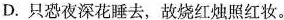
D.只恐夜深花睡去，故烧红烛照红妆。